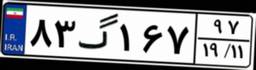
۸۳گ۱۶۷۹۷